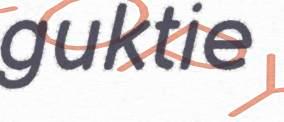
guktie